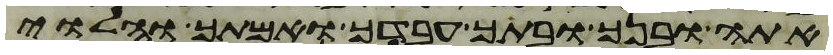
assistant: אתה ובנך ובתך עבדך ואמתך והלוי